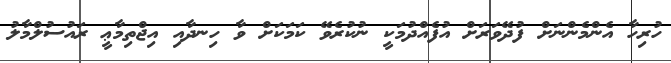
ހުރިހާ އެންމެންނަށް ފުދޭވަރަށް އުފެއްދުމަކީ ނުކުރެވޭ ކަމަކަށް ވާ ހިނދާއި އިޖްތިމާޢީ ރައުސުލްމާލު